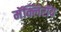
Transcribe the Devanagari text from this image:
मॅक्लिरॉय